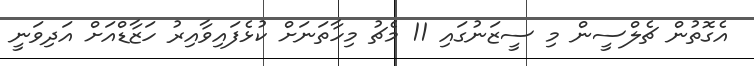
އެގޮތުން ޗެލްސީން މި ސީޒަނުގައި 11 މެޗު މިހާތަނަށް ކުޅެފައިވާއިރު ހަޒާޑްއަށް އަދިވަނީ